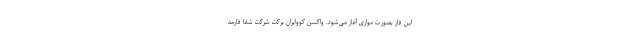
این فاز بصورت موازی آغاز می‌شود. واکسن کووایران برکت شرکت شفا فارمد